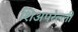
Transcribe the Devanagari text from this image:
शिअपरेल्ली